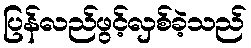
ပြန်လည်ဖွင့်လှစ်ခဲ့သည်